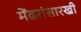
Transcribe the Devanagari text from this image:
मेंढरांसारखी